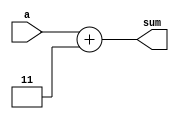
module adder_3(input [23:0] a, output reg [23:0] sum);
    always @(*) begin
        sum <= a + 3'd3;
    end
endmodule